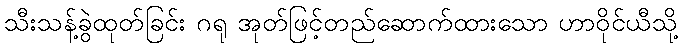
သီးသန့်ခွဲထုတ်ခြင်း ဂရု အုတ်ဖြင့်တည်ဆောက်ထားသော ဟာဝိုင်ယီသို့